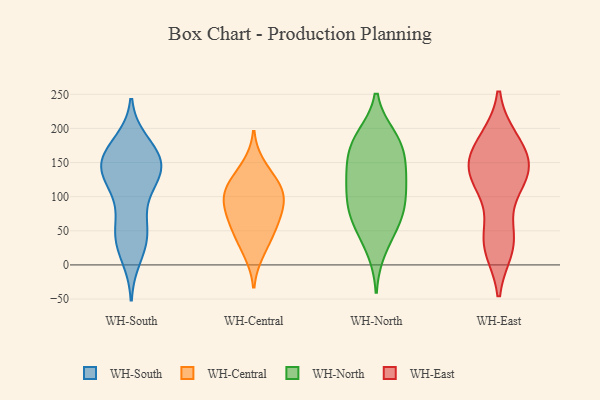
{"axis": {"x": "Latency (ms)", "y": "Value"}, "legend": ["WH-Central", "WH-East", "WH-North", "WH-South"], "data": [{"x": "", "y": 84, "type": "WH-South"}, {"x": "", "y": 13, "type": "WH-South"}, {"x": "", "y": 163, "type": "WH-South"}, {"x": "", "y": 167, "type": "WH-South"}, {"x": "", "y": 178, "type": "WH-South"}, {"x": "", "y": 39, "type": "WH-South"}, {"x": "", "y": 145, "type": "WH-South"}, {"x": "", "y": 126, "type": "WH-South"}, {"x": "", "y": 143, "type": "WH-South"}, {"x": "", "y": 54, "type": "WH-South"}, {"x": "", "y": 151, "type": "WH-South"}, {"x": "", "y": 46, "type": "WH-South"}, {"x": "", "y": 117, "type": "WH-South"}, {"x": "", "y": 134, "type": "WH-South"}, {"x": "", "y": 132, "type": "WH-South"}, {"x": "", "y": 160, "type": "WH-South"}, {"x": "", "y": 33, "type": "WH-South"}, {"x": "", "y": 43, "type": "WH-Central"}, {"x": "", "y": 50, "type": "WH-Central"}, {"x": "", "y": 99, "type": "WH-Central"}, {"x": "", "y": 73, "type": "WH-Central"}, {"x": "", "y": 72, "type": "WH-Central"}, {"x": "", "y": 146, "type": "WH-Central"}, {"x": "", "y": 116, "type": "WH-Central"}, {"x": "", "y": 17, "type": "WH-Central"}, {"x": "", "y": 91, "type": "WH-Central"}, {"x": "", "y": 105, "type": "WH-Central"}, {"x": "", "y": 122, "type": "WH-Central"}, {"x": "", "y": 188, "type": "WH-North"}, {"x": "", "y": 188, "type": "WH-North"}, {"x": "", "y": 60, "type": "WH-North"}, {"x": "", "y": 73, "type": "WH-North"}, {"x": "", "y": 134, "type": "WH-North"}, {"x": "", "y": 178, "type": "WH-North"}, {"x": "", "y": 122, "type": "WH-North"}, {"x": "", "y": 85, "type": "WH-North"}, {"x": "", "y": 133, "type": "WH-North"}, {"x": "", "y": 128, "type": "WH-North"}, {"x": "", "y": 94, "type": "WH-North"}, {"x": "", "y": 52, "type": "WH-North"}, {"x": "", "y": 22, "type": "WH-North"}, {"x": "", "y": 161, "type": "WH-North"}, {"x": "", "y": 90, "type": "WH-North"}, {"x": "", "y": 170, "type": "WH-North"}, {"x": "", "y": 182, "type": "WH-East"}, {"x": "", "y": 139, "type": "WH-East"}, {"x": "", "y": 126, "type": "WH-East"}, {"x": "", "y": 26, "type": "WH-East"}, {"x": "", "y": 119, "type": "WH-East"}, {"x": "", "y": 179, "type": "WH-East"}, {"x": "", "y": 152, "type": "WH-East"}, {"x": "", "y": 119, "type": "WH-East"}, {"x": "", "y": 31, "type": "WH-East"}, {"x": "", "y": 35, "type": "WH-East"}, {"x": "", "y": 143, "type": "WH-East"}, {"x": "", "y": 41, "type": "WH-East"}, {"x": "", "y": 144, "type": "WH-East"}, {"x": "", "y": 178, "type": "WH-East"}]}